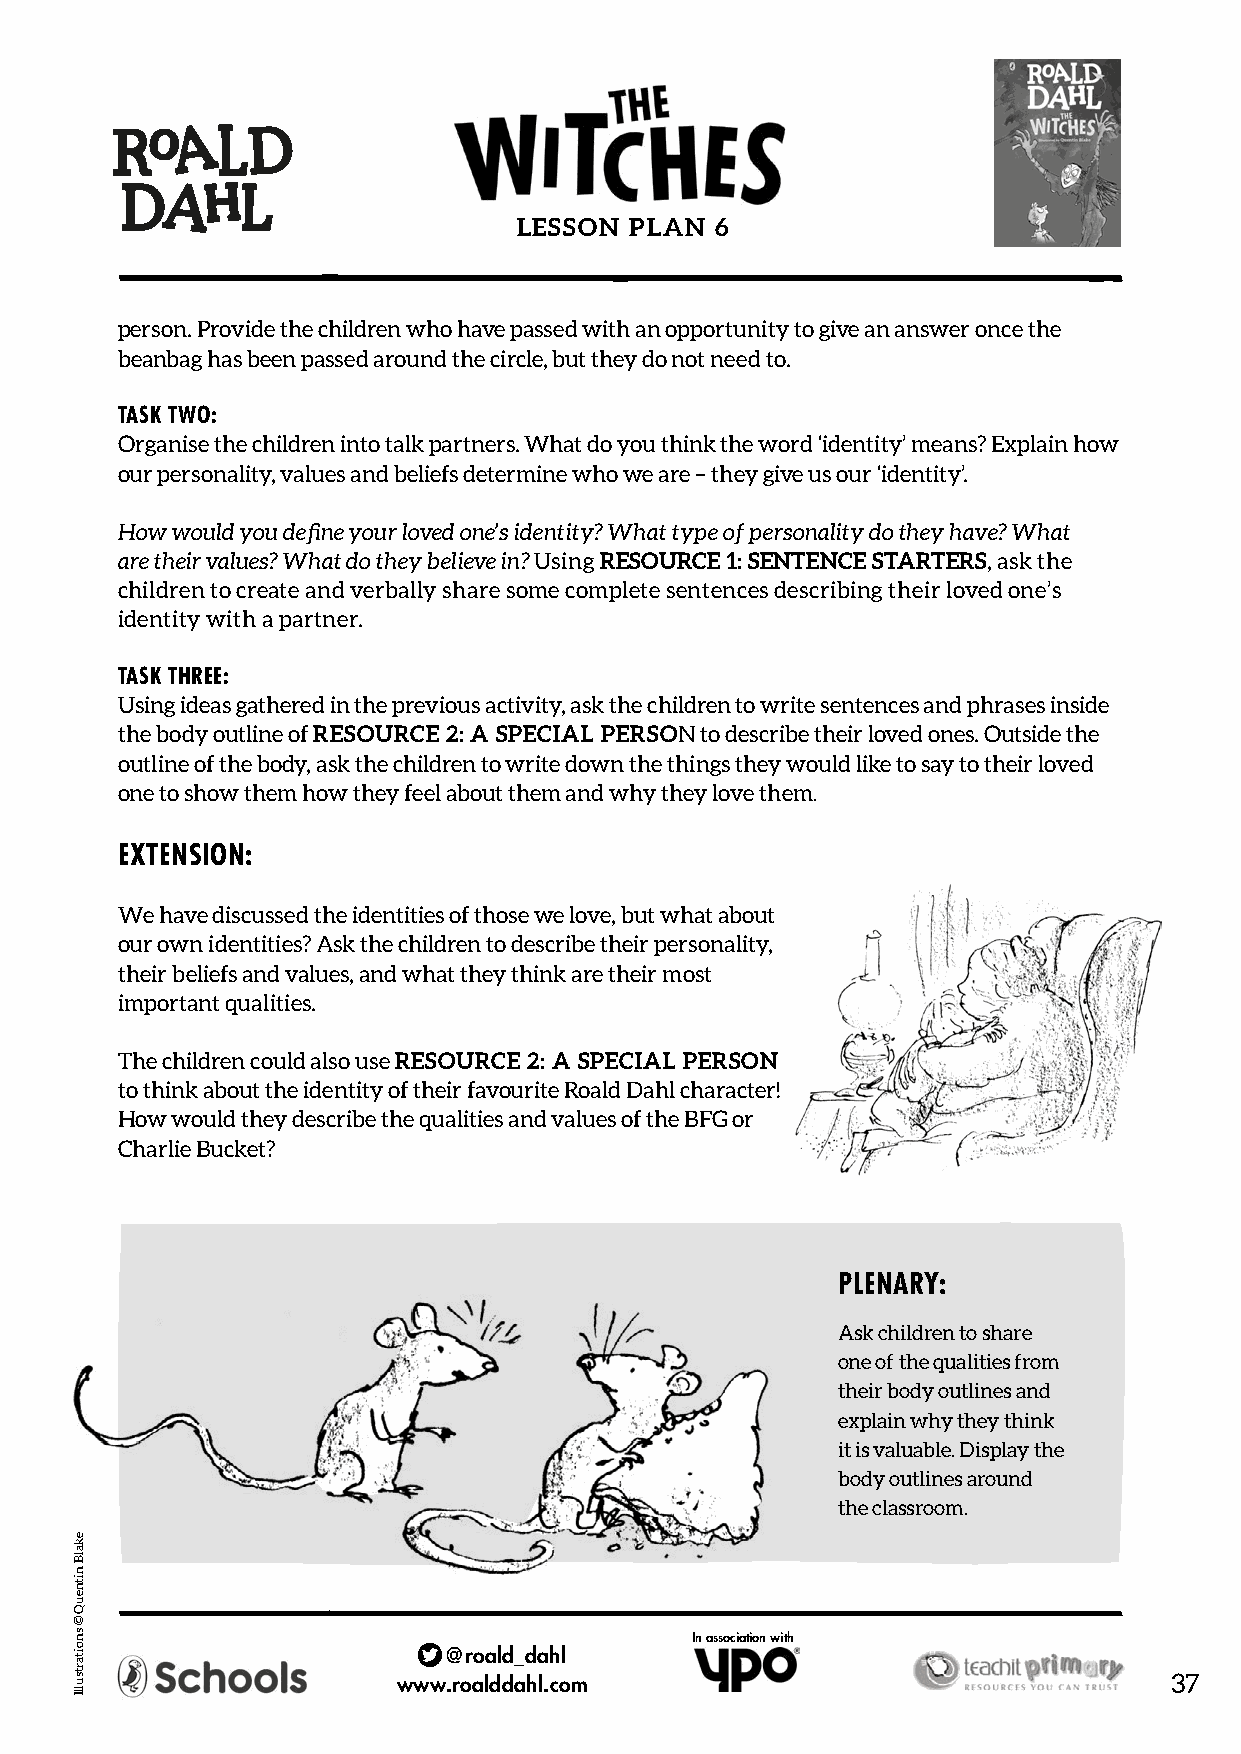
LESSON  PLAN 6
 person. Provide the children who have passed with an opportunity to give an answer once the
 beanbag has been passed around the circle, but they do not need to.
 TASK TWO:
 Organise the children into talk partners. What do you think the word ‘identity’ means? Explain how
 our personality, values and beliefs determine who we are – they give us our ‘identity’.
 How would you define your loved one’s identity? What type of personality do they have? What
 are their values? What do they believe in? Using RESOURCE 1: SENTENCE STARTERS, ask the
 children to create and verbally share some complete sentences describing their loved one’s
 identity with a partner.
 TASK THREE:
 Using ideas gathered in the previous activity, ask the children to write sentences and phrases inside
 the body outline of RESOURCE 2: A SPECIAL PERSON to describe their loved ones. Outside the
 outline of the body, ask the children to write down the things they would like to say to their loved
 one to show them how they feel about them and why they love them.
 EXTENSION:
 We have discussed the identities of those we love, but what about
 our own identities? Ask the children to describe their personality,
 their beliefs and values, and what they think are their most
 important qualities.
 The children could also use RESOURCE 2: A SPECIAL PERSON
 to think about the identity of their favourite Roald Dahl character!
 How would they describe the qualities and values of the BFG or
 Charlie Bucket?
 PLENARY:
 Ask children to share
 one of the qualities from
 their body outlines and
 explain why they think
 it is valuable. Display the
 body outlines around
 the classroom.
 In association with
 @roald_dahl
 www.roalddahl.com                                  37
 ekalB
 nitneuQ
 ©
 snoitartsullI